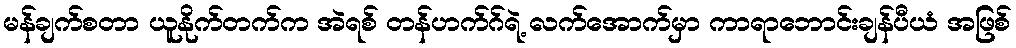
မန်ချက်စတာ ယူနိုက်တက်က အဲရစ် တန်ဟက်ဂ်ရဲ့ လက်အောက်မှာ ကာရာဘောင်းချန်ပီယံ အဖြစ်